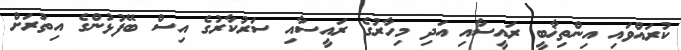
ކުރައްވައި އިންތިޚާބީ ރައީސާއި އަދި މިހާރުގެ ރައީސާއި ސަރުކާރުގެ އިސް ބޭފުޅުންގެ އިތުރަށް